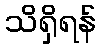
သိရှိရန်